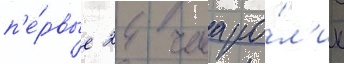
п'е́рвые 24 часа ро́л'ик